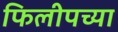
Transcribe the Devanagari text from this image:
फिलीपच्या